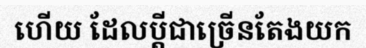
ហើយ ដែលប្តីជាច្រើនតែងយក